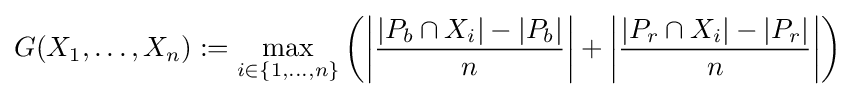
G(X_{1},\dots ,X_{n}):=\max _{i\in \{1,\dots ,n\}}\left(\left|{\frac {|P_{b}\cap X_{i}|-|P_{b}|}{n}}\right|+\left|{\frac {|P_{r}\cap X_{i}|-|P_{r}|}{n}}\right|\right)